Madras marine plague regulations
Disease focus: Plague
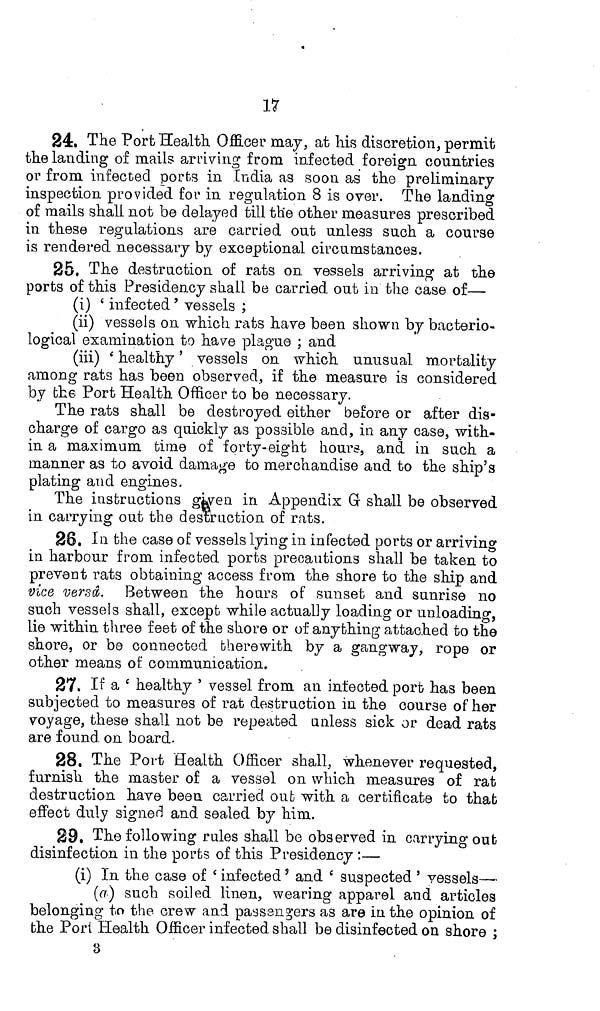
17
24. The Port Health Officer may, at Ms discretion, permit
the landing of mails arriving from infected foreign countries
or from infected ports in India as soon as the preliminary
inspection provided for in regulation 8 is over. The landing
of mails shall not be delayed till the other measures prescribed
in these regulations are carried out unless such a course
is rendered necessary by exceptional circumstances.
25. The destraction of rats on vessels arriving at the
ports of this Presidency shall be carried out in the case of—
(i) 'infected' vessels;
(ii) vessels on. which rats have been shown by bacterio-
logical examination to have plague; and
(iii) 'healthy' vessels on which unusual mortality
among rats has been observed, if the measure is considered
by the Port Health Officer to be necessary.
The rats shall be destroyed either before or after dis-
charge of cargo as quickly as possible and, in any case, with-
in a maximum time of forty-eight hours, and in such a
manner as to avoid damage to merchandise and to the ship's
plating and engines.
The instructions given in Appendix G shall be observed
in carrying out the destruction of rats.
26. In. the case of vessels lying in infected ports or arriving
in harbour from infected ports precautions shall be taken to
prevent rats obtaining access from the shore to the ship and
vice versâ. Between the hours of sunset and sunrise no
such vessels shall, except while actually loading or unloading,
lie within three feet of the shore or of anything attached to the
shore, or be connected therewith by a gangway, rope or
other means of communication.
27. If a 'healthy' vessel from an infected port has been
subjected to measures of rat destruction in the course of her
voyage, these shall not be repeated unless sick or dead rats
are found on board.
28. The Port Health Officer shall, whenever requested,
furnish the master of a vessel on which measures of rat
destruction have been carried out with a certificate to that
effect duly signed and sealed by him.
29. The following rules shall be observed in carrying out
disinfection in the ports of this Presidency:—
(i) In the case of 'infected' and 'suspected' vessels—
(a) such soiled linen, wearing apparel and articles
belonging to the crew and passengers as are in the opinion of
the Port Health Officer infected shall be disinfected on shore;
3